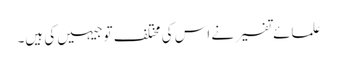
علمائے تفسیر نے اس کی مختلف توجیہیں کی ہیں۔